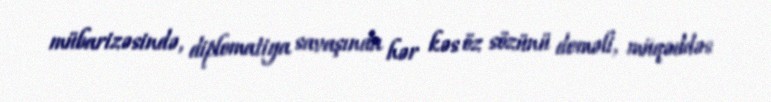
mübarizəsində, diplomatiya savaşında hər kəs öz sözünü deməli, müqəddəs